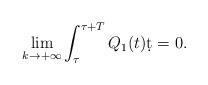
LaTeX: \begin{align*}\lim_{k\to+\infty}\int_{\tau}^{\tau+T}Q_1(t)\d t=0.\end{align*}